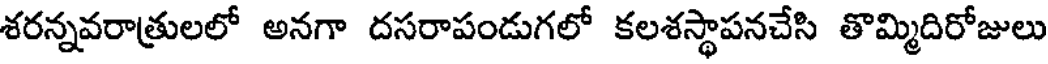
శరన్నవరాత్రులలో అనగా దసరాపండుగలో కలశస్థాపనచేసి తొమ్మిదిరోజులు